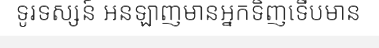
ទូរទស្សន៍ អនឡាញមានអ្នកទិញទើបមាន